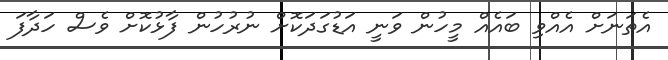
އެތަނަށް އެއްވި ބައެއް މީހުން ވަނީ އަޑުގަދަކޮށް ނުރުހުން ފާޅުކޮށް ވެސް ހަދާފަ